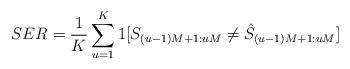
LaTeX: \begin{align*} SER=\frac{1}{K}\sum_{u=1}^K 1[S_{(u-1)M+1:uM}\neq \hat S_{(u-1)M+1:uM}]\end{align*}